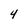
Character: 4